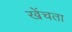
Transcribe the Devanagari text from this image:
खेंचता